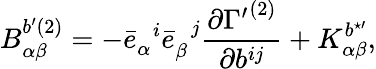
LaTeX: {B}_{\alpha\beta}^{b^{\prime}(2)}=-{\bar{e}}_{\alpha}^{\; \; i}{\bar{e}}_{\beta}^{\; \; j}\frac{\partial{\Gamma^{\prime}}^{(2)}}{\partial b^{ij}}+{K}_{\alpha\beta}^{b^{\star\prime}},